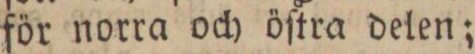
för norra och öſtra delen;